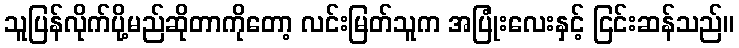
သူပြန်လိုက်ပို့မည်ဆိုတာကိုတော့ လင်းမြတ်သူက အပြုံးလေးနှင့် ငြင်းဆန်သည်။